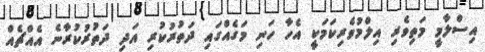
އިސްލާމީ މަތިވެރި އިލްމުވެރިކަމަކީ އެހާ ހަނި މަގެއްގައި ދަތުރުކުރި އަދި ދަތުރުކުރާނެ އެއްޗެއް